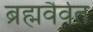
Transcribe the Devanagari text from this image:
ब्रह्मवैर्वत